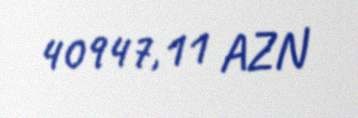
40947,11 AZN